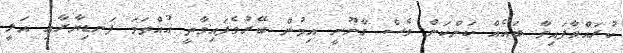
ކުރައްވާފައިވާ ބައެއް ކަންކަން ވެސް ގާނޫނީ އިމުން ބޭރުވެފައިވާތީ އުއްތަމަ ފަނޑިޔާރާއި އަލީ